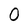
Character: 0